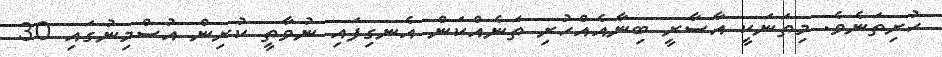
ހުރިތަނެވެ. މިތަނަކީ އާސާާރީ ބިނާއެއްހުރި ތަނެއްކަން އެނގިފައި ނުވާތީ ކުރިން އުސްމިނުގައި 30